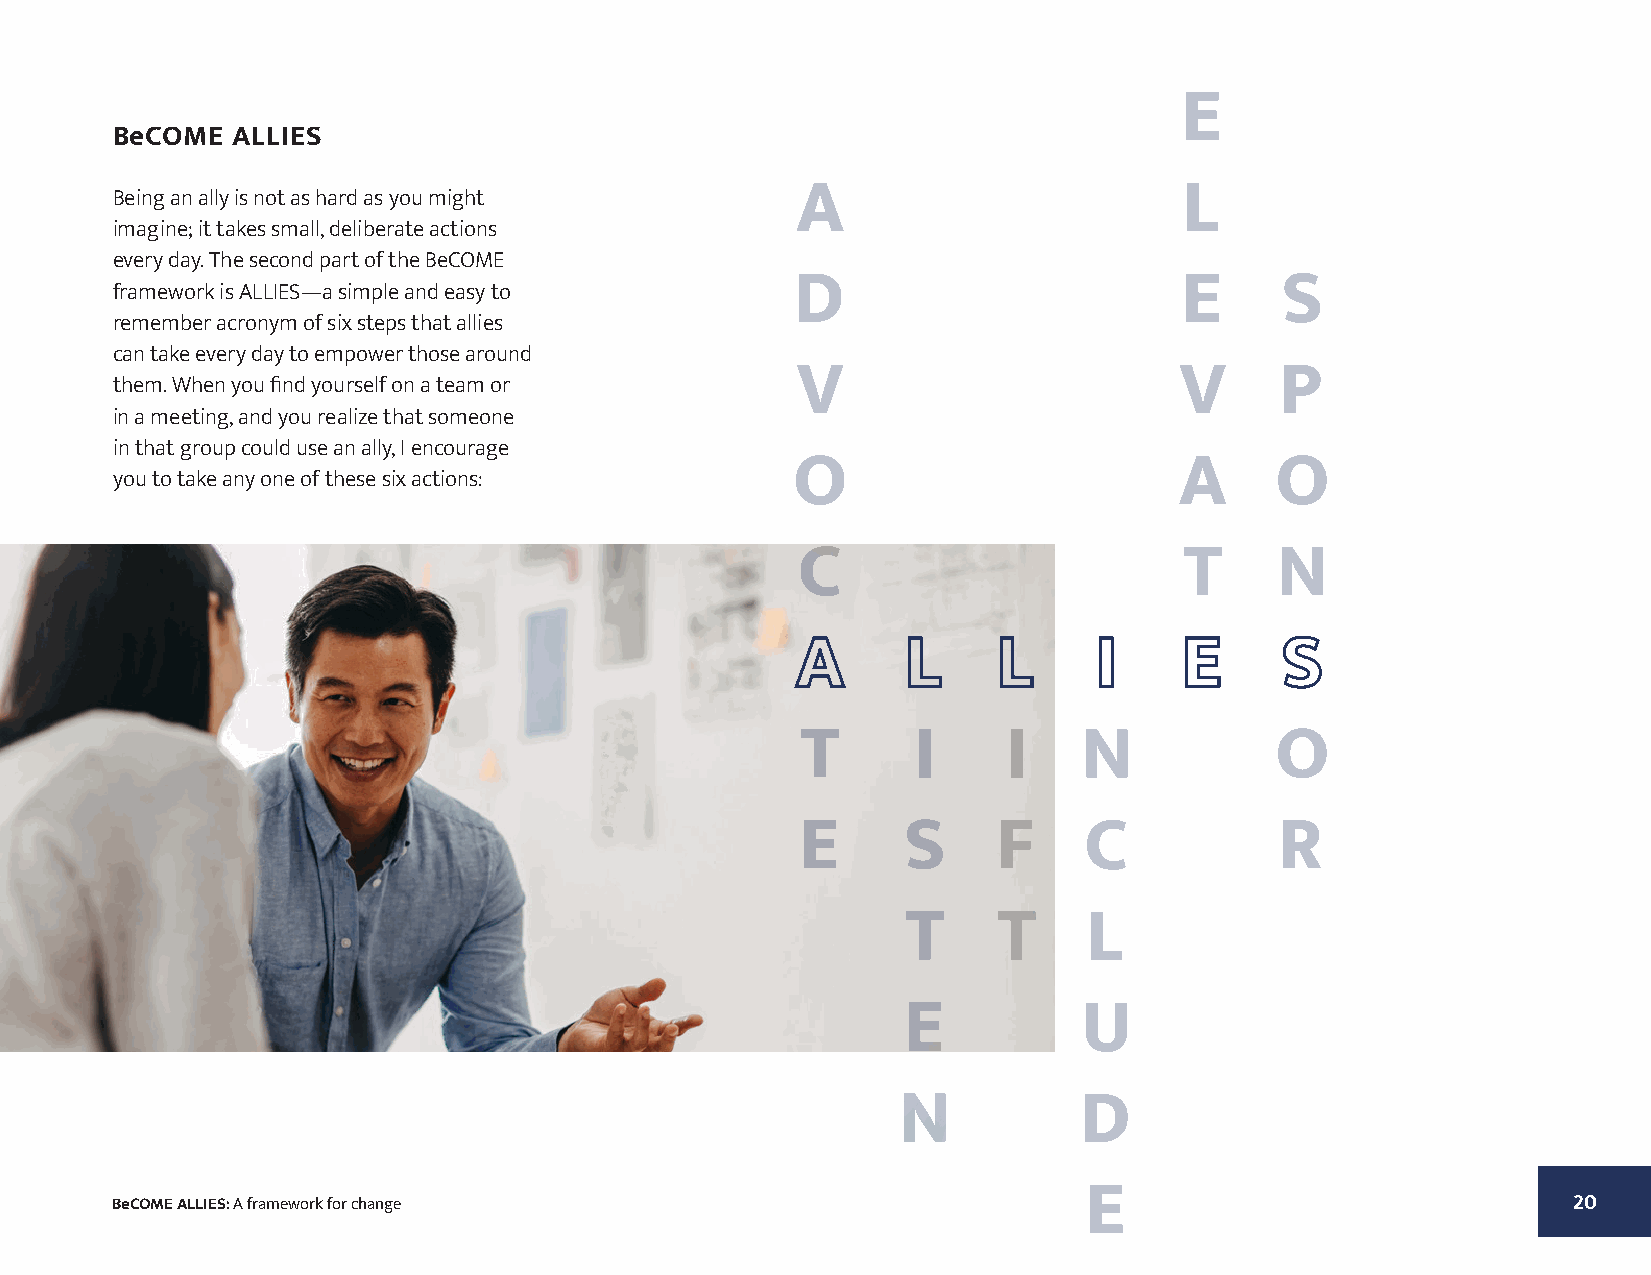
BeCOME  ALLIES
 Being an ally is not as hard as you might
 imagine; it takes small, deliberate actions
 every day. The second part of the BeCOME
 framework is ALLIES—a simple and easy to
 remember acronym of six steps that allies
 can take every day to empower those around
 them. When you find yourself on a team or
 in a meeting, and you realize that someone
 in that group could use an ally, I encourage
 you to take any one of these six actions:
 BeCOME ALLIES: A framework for change                                                            2200